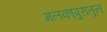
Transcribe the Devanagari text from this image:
मलकापुरातून